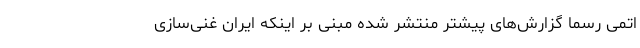
اتمی رسماً گزارش‌های پیشتر منتشر شده مبنی بر اینکه ایران غنی‌سازی